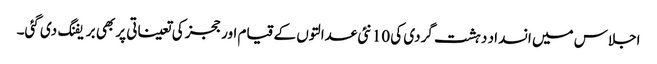
اجلاس میں انسداد دہشت گردی کی 10 نئی عدالتوں کے قیام اور ججز کی تعیناتی پر بھی بریفنگ دی گئی۔